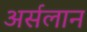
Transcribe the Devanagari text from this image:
अर्सलान